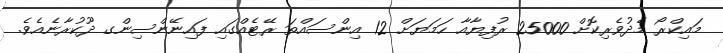
މައިކްރޯ މެދުވެރިކޮށް 25000 ރުފިޔާއާ ހަމަޔަށް 12 އިންސައްތަ ރޭޓެއްގައި ފައިނޭންސިންގ ދޫކުރާނެއެވެ.